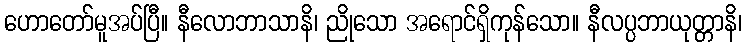
ဟောတော်မူအပ်ပြီ။ နီလောဘာသာနိ၊ ညိုသော အရောင်ရှိကုန်သော။ နီလပ္ပဘာယုတ္တာနိ၊